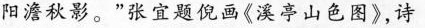
阳澹秋影。”张宜题倪画《溪亭山色图》，诗